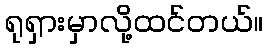
ရုရှားမှာလို့ထင်တယ်။